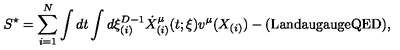
S ^ { \star } = \sum _ { i = 1 } ^ { N } \int d t \int d \xi _ { ( i ) } ^ { D - 1 } \dot { X } _ { ( i ) } ^ { \mu } ( t ; \xi ) v ^ { \mu } ( X _ { ( i ) } ) - ( \mathrm { L a n d a u g a u g e Q E D } ) ,